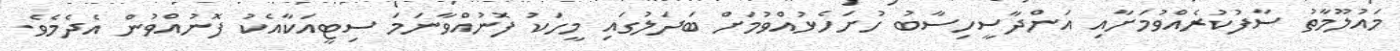
މައުލޫމާތު ސާފުކުރެއްވުމަށާއި އަންދާސީހިސާބު ހުށަހެޅުއްވުމަށް ބަދަލުގައި މީހަކު ފޮނުއްވާނަމަ ސިޓީއަކާއެކު ފޮނުއްވުން އެދެމެވެ.